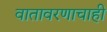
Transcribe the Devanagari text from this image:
वातावरणाचाही